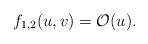
\begin{align*} f_{1,2}(u,v)=\mathcal{O}(u).\end{align*}